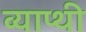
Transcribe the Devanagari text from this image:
व्याप्थी